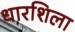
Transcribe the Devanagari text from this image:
धारशिला